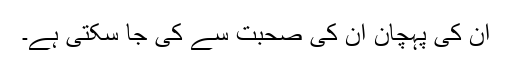
ان کی پہچان ان کی صحبت سے کی جا سکتی ہے۔